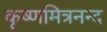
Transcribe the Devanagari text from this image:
कृष्णमित्रनन्द